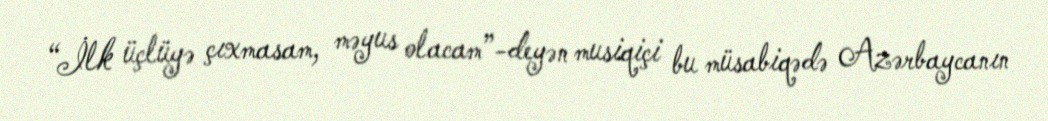
“İlk üçlüyə çıxmasam, məyus olacam”-deyən musiqiçi bu müsabiqədə Azərbaycanın